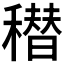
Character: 𰨸